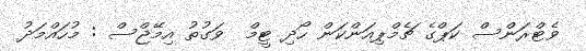
ވެޓްރަންސް ކަޕްގެ ޗެމްޕިއަންކަން ހޯދި ޓީމް  ވަގުތު އިމޭޖްސް : މުހައްމަދު